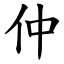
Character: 仲